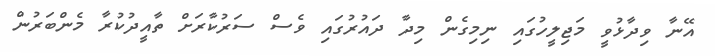
އޭނާ ވިދާޅުވީ މަޖިލީހުގައި ނިމިގެން މިދާ ދައުރުގައި ވެސް ސަރުކާރަށް ތާއީދުކުރާ މެންބަރުން